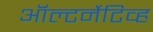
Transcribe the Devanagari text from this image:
ऑल्टर्नेटिव्ह